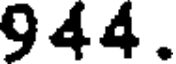
944.